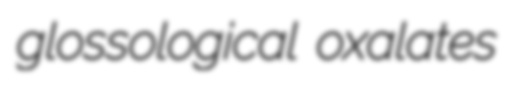
glossological oxalates